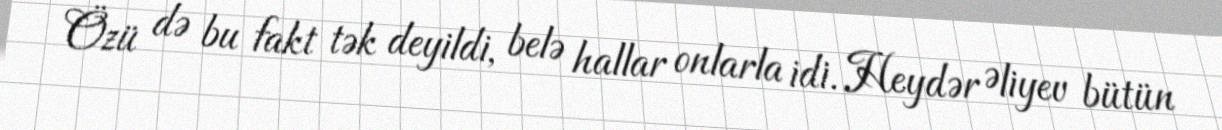
Özü də bu fakt tək deyildi, belə hallar onlarla idi. Heydər Əliyev bütün